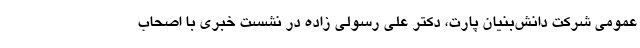
عمومی شرکت دانش‌بنیان پارت، دکتر علی رسولی زاده در نشست خبری با اصحاب